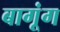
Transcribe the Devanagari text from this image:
बागूंग